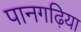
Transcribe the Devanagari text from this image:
पानगढ़िया